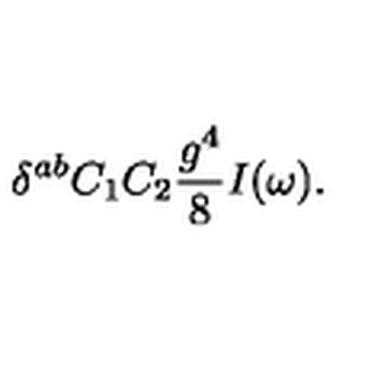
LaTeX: \delta ^ { a b } C _ { 1 } C _ { 2 } { \frac { g ^ { 4 } } { 8 } } I ( \omega ) .